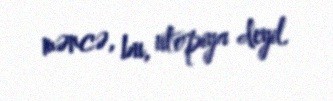
məncə, bu, utopiya deyil.